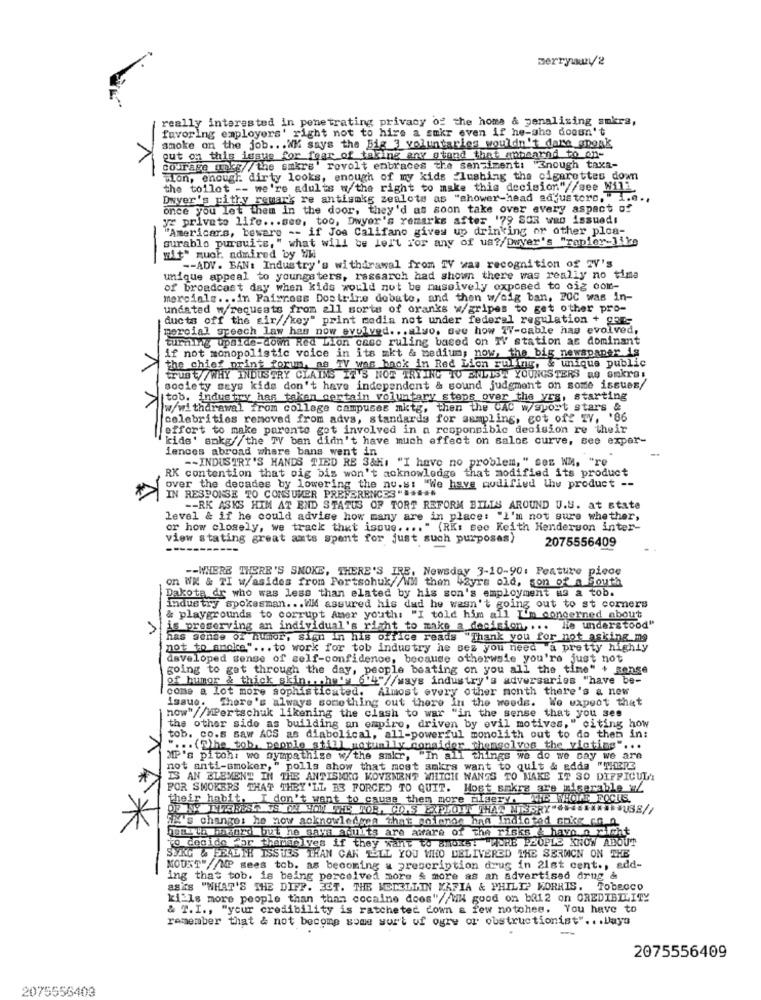
Berrywany2
really interested in penetrating privacy of the home & penalizing sukra,
V
favoring employers' right not to hire a sukr even if he-she doesn't
smoke on the job ... WM says the Big 3 voluntarios wouldn't dare anonk
out on this issue for fear of taking any stand that appearnd to on-
courage unkg// the sikre revolt enbraces the sentiment: "Enough taxa-
wion, enough dirty looks, enough of my kids _lushing the cigarettes down
the toilet -- we're adults w/ the right to make this decision"//see Will.
Dwyer's pithy remark re antismkg zealots as "shower-head adjusters, "i.e .,
once you let them in the door, they'd as soon take over every aspect of
yr private life ... see, too, Dwyer's remarks after '79 SOR was issued!
"Americars, beware -- if Jos Califano gives up drinking or other ploa-
surablo pursuits," what will be left For any of us?/Dwyer's "rapier-like
-
"it" muor. admired by Whi
-- ADV. BAN: Industry's withdrawal from TV was recognition of "V's
unique appeal to youngsters, rassarch had shown there was really no time
of broadcast day when kids would not be massively exposed to cig com-
merciale ... in Pairross Dostrire debate, and then w/oig ban, POC was in-
undated w/requests from all sorts of oranks w/gripes to get other pro-
ducts off the air//key" print media not under federal regulation + CEE-
mercial speech law has now evolved ... also, see how TV-cable has evolved,
turning upside-down Red Lion caso ruling based on TV station as dominant
if not monopolistic voice in its mkt & medium, now, the big newspaper is
the chief print forum, as TV was back in Red Lion ruling, & unique public
trust/ /WHY INDUSTRY CLAINS W
V
IT'S NOT TRYING TO ENLIST YOUNGSTERS as smkras
society says kids don't have independent & sound judgment on some issues/
[tob. industry has taken certain voluntary steps over the yrs, starting
w/withdrawal from college campuses mktg, then the CAC w/sport stars &
celebrities removed from advs, standards for sampling, got off IV, '86
[effort to make parente got involved in a responsible decision re their
kids' sokg//the TV ban didn't have much effect on salce curve, see expar-
iences abroad where bans went in
-- INDUSTRY'S HANDS TIED RE 3&HI "I have no problem, " sex WM, "re
RK contention that oig bis won't acknowledge that modified its product
over the decades by lowering the nu.s: "We have modified the product --
IN RESPONSE TO CONSUMER PREFERENCES" .....
-- RK ASKS HIM AT END STATUS OF TORT REFORM BILLS AROUND U.S. at state
level & if he could advise how many are in place: "I'm not sure whether,
or how closely, we track that isque .... " (RK: see Keith Henderson inter-
view stating great axts spent for just such purposes)
2075556409
-- WHERE THERE'S SMOKE, THERE'S IRE, Newsday 3-10-90: Feature piece
Dakota dr who was less than elated by his son's employment us a tob.
on WH & TI w/asides from Portsohuk//WM then #2yrs old, son of a South
industry spokesman ... WM assured his dad he wasn't going out to st corners
& playgrounds to corrupt Amer youth: "I told him all I'm concerned about
is preserving an individual's right to make a decision, ... He understood"
has sense of humor, sign in his office reads "Thank you for not asking me
not to smoke" ... to work for tob industry he sez you need a pretty highly
developed sense of self-confidence, because otherwsie you're just not
going to get through the day, people beating on you all the time" + Renge
of humor & thick skin ., , he's 6'4"//ways industry's adversaries "have be-
come a lot more sophisticated. Almost every other month there's a new
issue. There's always something out there in the weeds. We expect that
now"//MPertschuk likening the clash to war "in the sense that you see
the other side as building an empire, driven by evil motives," citing how
tob. co.s saw ACS as diabolical, all-powerful monolith out to do then in:
" ... (S)he tob, people still notually consider themgolvos the victims" ...
MP's pitoh: wo sympathise w/ the smkr, "In all things we do we say we are
not anti-smoker," polls show that most smkrs want to quit & adda "THERE
IS AN BLEMENT IN THE ANTISMEG MOVEMENT WHICH NANGS TO MAKE IT SO DIFFICULT
POR SMOKERS THAT THEY'LL BE FORCED TO QUIT. Most smkrs are miserable w/
their habit, I don't want to cause them more misery. We WONT FOCUS.
IN's change: he now acknowledges that anlenge han Indicted coke co n
hems la miaord but he says adults are aware of the risks & havo a rich
TK*
To decide for themselves if they want to Bm035: MORE PEOPLE KNOW ABOUT
SYKG & FEALTH ISSTES THAN CAN TELL YOU WHO DELIVERED THE SERMON ON THE
MOUNT"//MP sees tob. as becoming a prescription drug in 21st cent ., add-
ing that tob. is being perceived more & more as an advertised drug &
asis "WHAT'S THE DIFF. BUT. THE MEDELLIN KAFIA & PHILIP MORRIS. TobeCCO
kills more people than than cocaine does"//WH good on ba12 on CREDIBILITY
& T.I ., "your credibility is ratcheted down a few notohes. You have to
remember that & not become some sur't of ogre or obstructionist" .. . Days
-
2075556409
2075556403